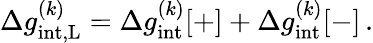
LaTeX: \Delta g_{\mathrm{int,\mathrm{L}}}^{(k)}=\Delta g_{\mathrm{int}}^{(k)}[+]+\Delta g_{\mathrm{int}}^{(k)}[-]\, .